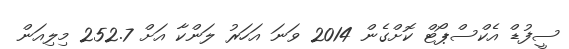
ސީފުޑް އެކްސްޕޯޓް ކޮށްގެން 2014 ވަނަ އަހަރު ލަންކާ އަށް 252.7 މިލިއަން